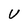
Character: V